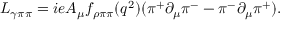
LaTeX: { \cal L } _ { \gamma \pi \pi } = i e A _ { \mu } f _ { \rho \pi \pi } ( q ^ { 2 } ) ( \pi ^ { + } \partial _ { \mu } \pi ^ { - } - \pi ^ { - } \partial _ { \mu } \pi ^ { + } ) .